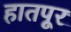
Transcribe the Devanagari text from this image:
हातपूर